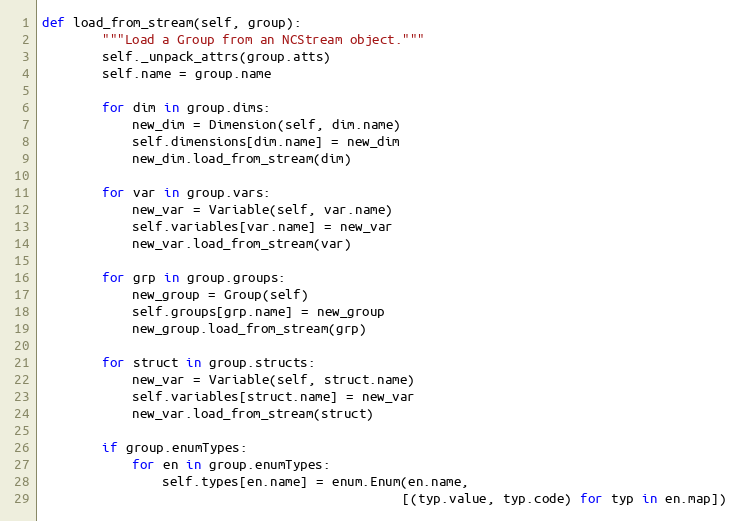
Language: Python
def load_from_stream(self, group):
        """Load a Group from an NCStream object."""
        self._unpack_attrs(group.atts)
        self.name = group.name

        for dim in group.dims:
            new_dim = Dimension(self, dim.name)
            self.dimensions[dim.name] = new_dim
            new_dim.load_from_stream(dim)

        for var in group.vars:
            new_var = Variable(self, var.name)
            self.variables[var.name] = new_var
            new_var.load_from_stream(var)

        for grp in group.groups:
            new_group = Group(self)
            self.groups[grp.name] = new_group
            new_group.load_from_stream(grp)

        for struct in group.structs:
            new_var = Variable(self, struct.name)
            self.variables[struct.name] = new_var
            new_var.load_from_stream(struct)

        if group.enumTypes:
            for en in group.enumTypes:
                self.types[en.name] = enum.Enum(en.name,
                                                [(typ.value, typ.code) for typ in en.map])